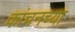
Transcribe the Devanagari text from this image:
कांचनच्या